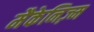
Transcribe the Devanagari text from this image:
मैकेनिज़्म